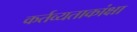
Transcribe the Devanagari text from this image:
कर्तव्यताकांक्षा